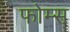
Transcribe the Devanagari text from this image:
फोम्स